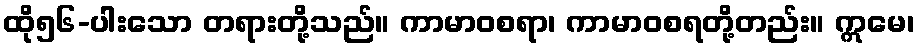
ထို၅၆-ပါးသော တရားတို့သည်။ ကာမာဝစရာ၊ ကာမာဝစရတို့တည်း။ ဣမေ၊